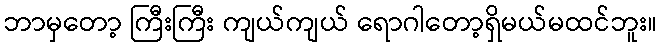
ဘာမှတော့ ကြီးကြီး ကျယ်ကျယ် ရောဂါတော့ရှိမယ်မထင်ဘူး။